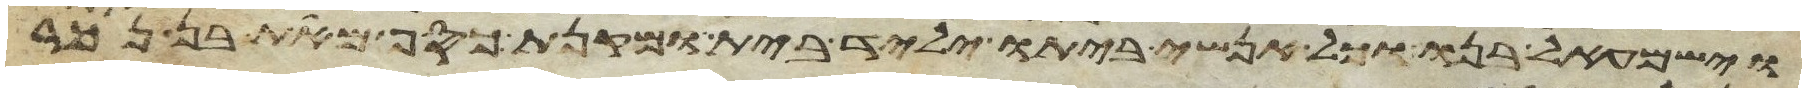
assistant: וישמעאל בנו וכל אנשי ביתו יליד בית ומקנת כסף מאת בן נכר